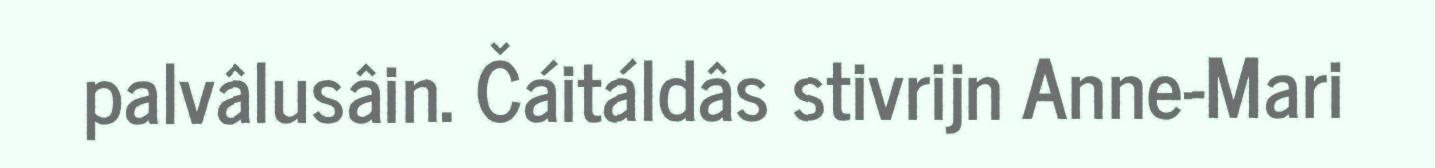
palvâlusâin. Čáitáldâs stivrijn Anne-Mari